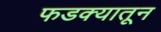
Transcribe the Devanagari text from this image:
फडक्यातून